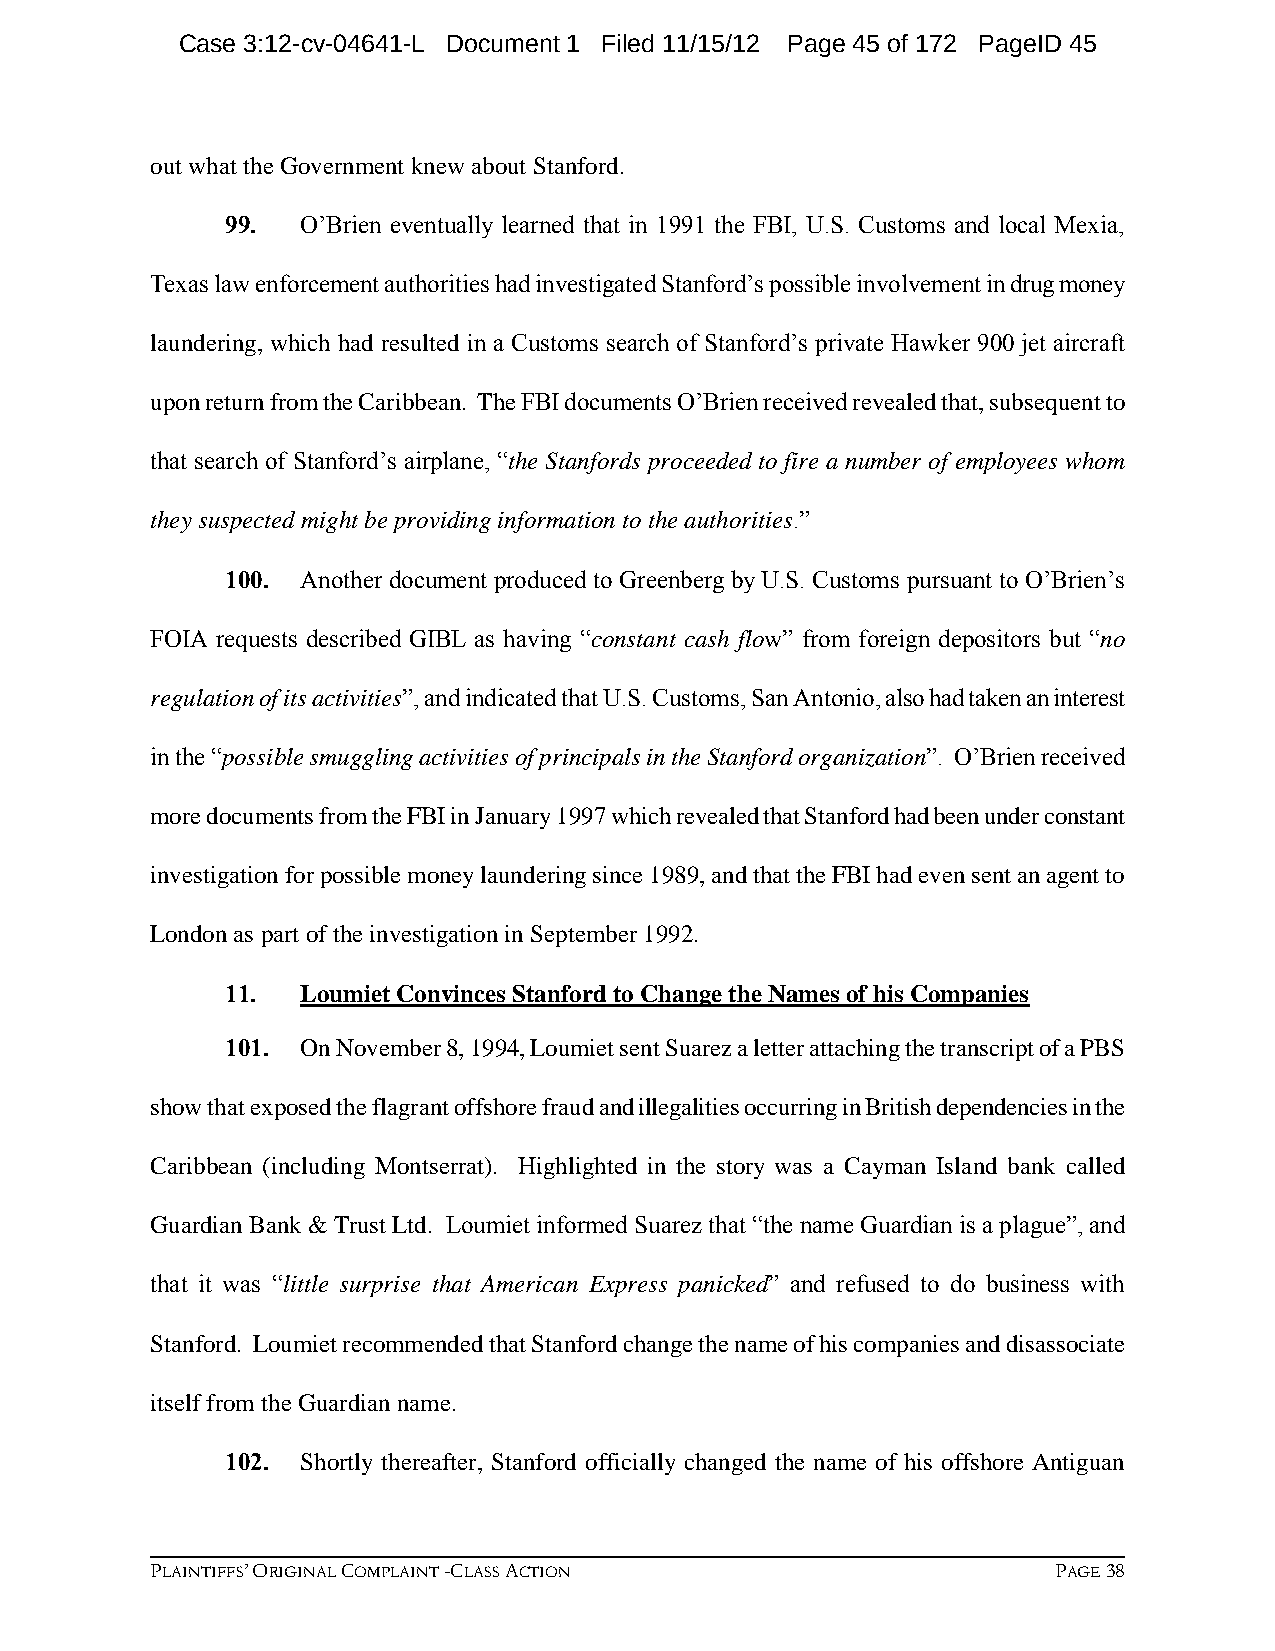
Case 3:12-cv-04641-L Document 1 Filed 11/15/12 Page 45 of 172 PageID 45
 out what the Government knew about Stanford.
 99.  O’Brien eventually learned that in 1991 the FBI, U.S. Customs and local Mexia,
 Texas law enforcement authorities had investigated Stanford’s possible involvement in drug money
 laundering, which had resulted in a Customs search of Stanford’s private Hawker 900 jet aircraft
 upon return from the Caribbean. The FBI documents O’Brien received revealed that, subsequent to
 that search of Stanford’s airplane, “the Stanfords proceeded to fire a number of employees whom
 they suspected might be providing information to the authorities.”
 100. Another document produced to Greenberg by U.S. Customs pursuant to O’Brien’s
 FOIA requests described GIBL as having “constant cash flow” from foreign depositors but “no
 regulation of its activities”, and indicated that U.S. Customs, San Antonio, also had taken an interest
 in the “possible smuggling activities of principals in the Stanford organization”. O’Brien received
 more documents from the FBI in January 1997 which revealed that Stanford had been under constant
 investigation for possible money laundering since 1989, and that the FBI had even sent an agent to
 London as part of the investigation in September 1992.
 11.  Loumiet Convinces Stanford to Change the Names of his Companies
 101. On November 8, 1994, Loumiet sent Suarez a letter attaching the transcript of a PBS
 show that exposed the flagrant offshore fraud and illegalities occurring in British dependencies in the
 Caribbean (including Montserrat). Highlighted in the story was a Cayman Island bank called
 Guardian Bank & Trust Ltd. Loumiet informed Suarez that “the name Guardian is a plague”, and
 that it was “little surprise that American Express panicked” and refused to do business with
 Stanford. Loumiet recommended that Stanford change the name of his companies and disassociate
 itself from the Guardian name.
 102. Shortly thereafter, Stanford officially changed the name of his offshore Antiguan
 PLAINTIFFS’ ORIGINAL COMPLAINT -CLASS ACTION                PAGE 38